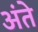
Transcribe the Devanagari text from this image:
अंते